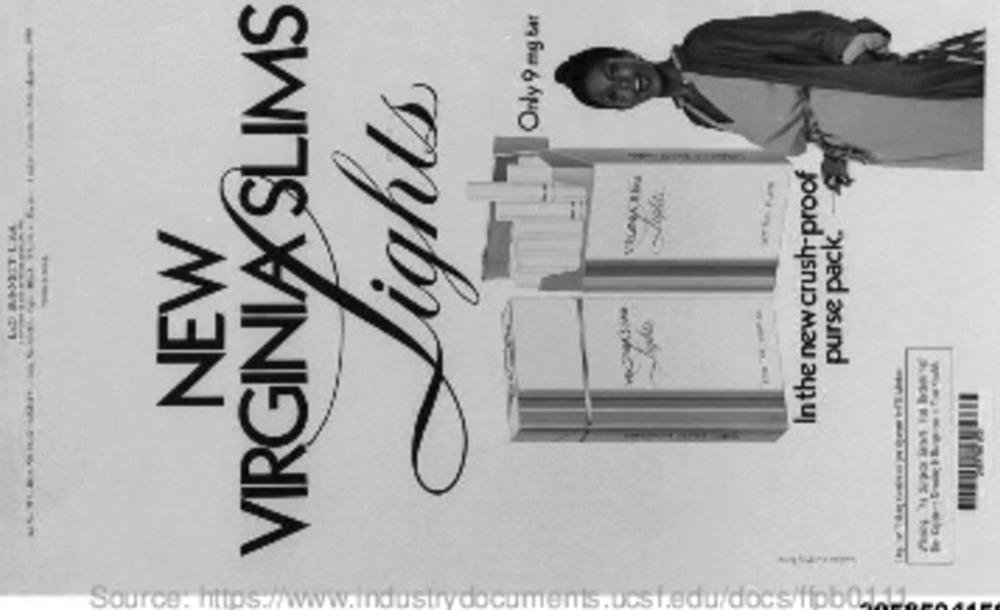
VIRGINIA SLIMS
Only 9 mg bar
Lights
In the new crush-proof
---
LD MISSIT LM
purse pack.
NEW
Source: 1
ydocun
du/docs/fiol